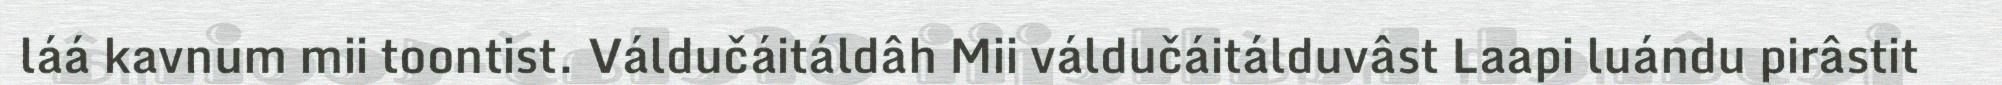
láá kavnum mii toontist. Váldučáitáldâh Mii váldučáitálduvâst Laapi luándu pirâstit